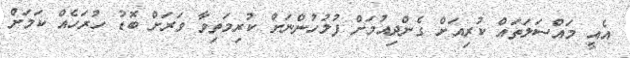
އެއީ މައްސަލަތައް ކުރިއަށް ގެންދިއުމަށް ފުލުހުންނަށް ކުރިމަތިވާ ވަރަށް ބޮޑު ހުރަހެއް ކަމަށް